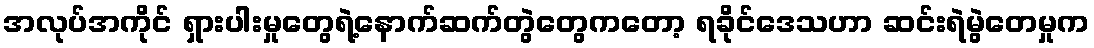
အလုပ်အကိုင် ရှားပါးမှုတွေရဲ့နောက်ဆက်တွဲတွေကတော့ ရခိုင်ဒေသဟာ ဆင်းရဲမွဲတေမှုက